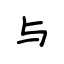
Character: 与